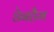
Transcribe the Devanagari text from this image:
डेनहैम